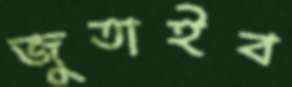
জুতাইব